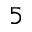
^ 5